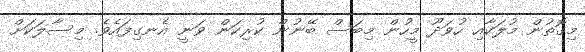
މިގޮތުން މުލަކާއި ހުވަދޫ މީހުން މިބަސް ބޭނުން ކުރިކަން ވަނީ އެނގިފައެވެ. މިސާލަކަށް